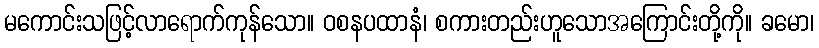
မကောင်းသဖြင့်လာရောက်ကုန်သော။ ဝစနပထာနံ၊ စကားတည်းဟူသောအကြောင်းတို့ကို။ ခမော၊